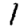
Digit: 1